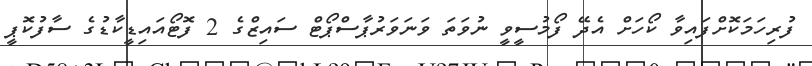
ފުރިހަމަކޮށްފައިވާ ކޯހަށް އެދޭ ފޯމުސީވީ ނުވަތަ ވަނަވަރުޕާސްޕޯޓް ސައިޒްގެ 2 ފޮޓޯއައިޑީކާޑުގެ ސާފުކޮޕީ